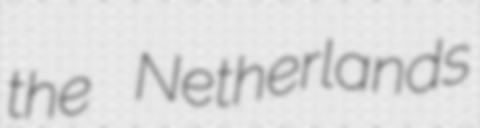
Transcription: the Netherlands